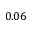
0 . 0 6